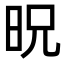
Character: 㫛